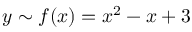
y \sim f ( x ) = x ^ { 2 } - x + 3